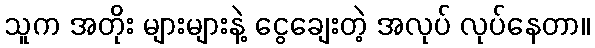
သူက အတိုး များများနဲ့ ငွေချေးတဲ့ အလုပ် လုပ်နေတာ။